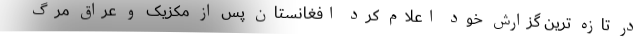
در تازه ترین گزارش خود اعلام کرد افغانستان پس از مکزیک و عراق مرگ